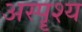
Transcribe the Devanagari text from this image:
अस्पॄश्य